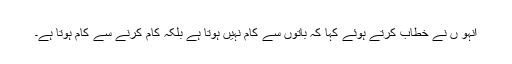
انہو ں نے خطاب کرتے ہوئے کہا کہ باتوں سے کام نہیں ہوتا ہے بلکہ کام کرنے سے کام ہوتا ہے۔